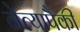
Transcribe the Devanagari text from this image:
नेत्यापैकी